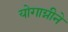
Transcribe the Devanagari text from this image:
योगाग्नीने